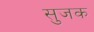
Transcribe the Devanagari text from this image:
सुजक